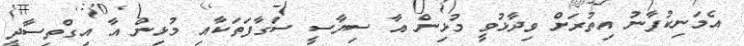
އެމަނިކުފާނު އިތުރަށް ވިދާޅުވީ މުޅިން އާ ސިޔާސީ ސަގާފަތަކާއި މުޅިން އާ އިގްތިސާދީ